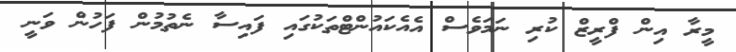
މީރާ އިން ފްރީޒް ކުރި ނަމަވެސް އެއެކައުންޓްތަކުގައި ފައިސާ ނެތުމުން ފަހުން ވަނީ